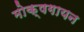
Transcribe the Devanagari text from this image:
मोक्षगायन